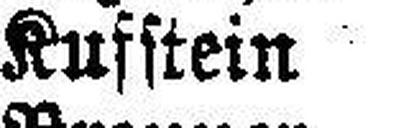
Kufstein hell + 10° C